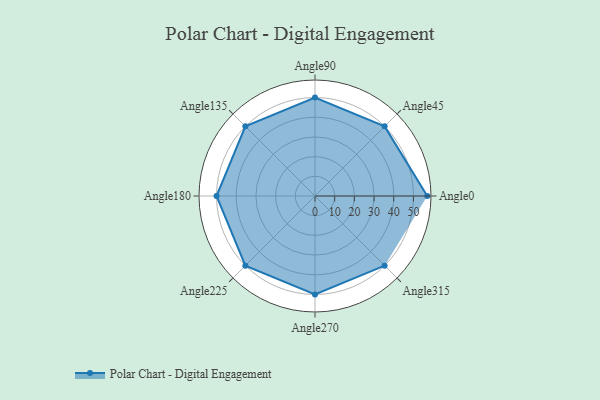
{"axis": {"x": "Angle", "y": "Radius"}, "legend": [""], "data": [{"x": "Angle0", "y": 57.0, "type": ""}, {"x": "Angle45", "y": 50.0, "type": ""}, {"x": "Angle90", "y": 50, "type": ""}, {"x": "Angle135", "y": 50.0, "type": ""}, {"x": "Angle180", "y": 50, "type": ""}, {"x": "Angle225", "y": 50, "type": ""}, {"x": "Angle270", "y": 50, "type": ""}, {"x": "Angle315", "y": 50, "type": ""}]}